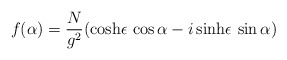
\begin{align*}f(\alpha) = \frac{N}{g^2} (\cosh \! \epsilon \, \cos \alpha - i \sinh \! \epsilon \, \sin \alpha )\end{align*}